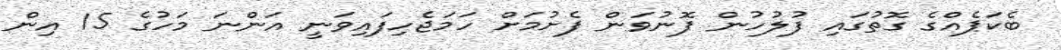
ބެކަޕެއްގެ ގޮތުގައި ފުލުހުން ފޮނުވަން ފެށުމަށް ހަމަޖެހިފައިވަނީ އަންނަ މަހުގެ 15 އިން